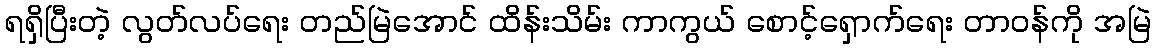
ရရှိပြီးတဲ့ လွတ်လပ်ရေး တည်မြဲအောင် ထိန်းသိမ်း ကာကွယ် စောင့်ရှောက်ရေး တာဝန်ကို အမြဲ